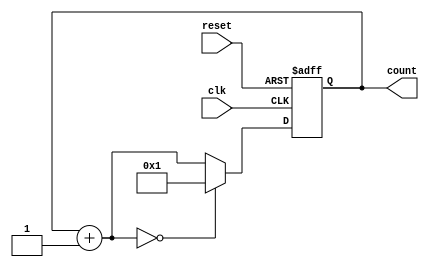
module johnson_gray_counter(
    input clk, // Clock input
    input reset, // Reset input
    output reg [N-1:0] count // Gray code output
);

parameter N = 4; // Number of bits in the Gray code counter

reg [N-1:0] next_count; // Next state of the counter

always @(posedge clk or posedge reset) begin
    if(reset) begin
        count <= 0;
    end else begin
        count <= next_count;
    end
end

always @* begin
    next_count = count + 1;
    if(next_count == N'h0) begin
        next_count = N'h1;
    end
end
endmodule